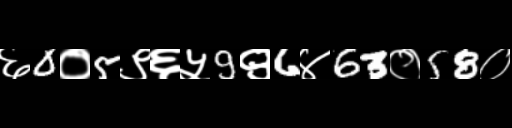
Text: ६0०5९६५9९6४63०58०